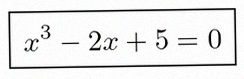
x^3-2x+5=0